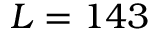
L = 1 4 3